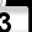
Digit: 3